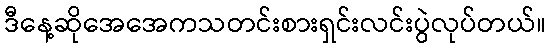
ဒီနေ့ဆိုအေအေကသတင်းစားရှင်းလင်းပွဲလုပ်တယ်။